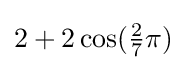
2+2\cos({\tfrac {2}{7}}\pi )